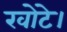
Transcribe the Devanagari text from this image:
खोटे।